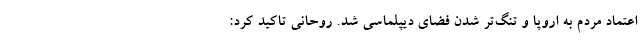
اعتماد مردم به اروپا و تنگ‌تر شدن فضای دیپلماسی شد. روحانی تاکید کرد: